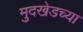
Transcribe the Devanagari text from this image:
मुदखेडच्या